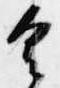
具